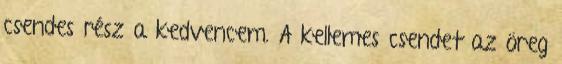
csendes rész a kedvencem. A kellemes csendet az öreg